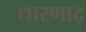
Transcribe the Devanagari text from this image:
धारणाद्